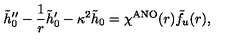
\tilde { h } _ { 0 } ^ { \prime \prime } - \frac { 1 } { r } \tilde { h } _ { 0 } ^ { \prime } - \kappa ^ { 2 } \tilde { h } _ { 0 } = \chi ^ { \mathrm { A N O } } ( r ) \tilde { f } _ { u } ( r ) ,